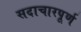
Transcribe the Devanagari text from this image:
सदाचारपूर्ण